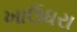
ખાઉધરા